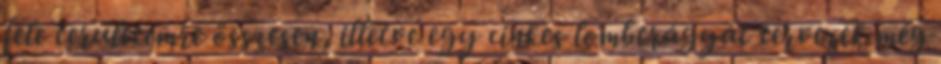
fele területemre összesen, illetve egy cinkes lombtrágyát tervezek még